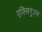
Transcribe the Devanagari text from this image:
एक्सिगुउस